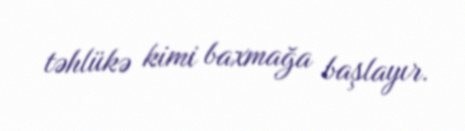
təhlükə kimi baxmağa başlayır.